Report on the working of the Ranchi Indian Mental Hospital, Kanke, in Bihar and Orissa - 1930-1940
Year: 1930
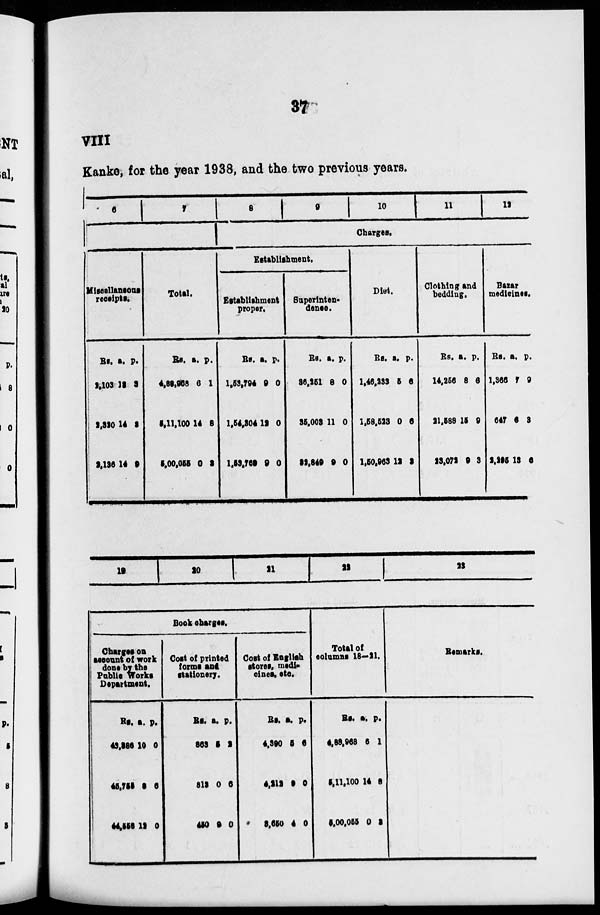
37
VIII
Kanke, for the year 1938, and the two previous years.
6
7
Miscellaneous
receipts.
Rs.
2,103
2,320
2,136
a.
13
14
14
p.
3
3
9
Total.
Rs.
4,88,968
5,11,100
5,00,055
a.
6
14
0
p.
1
8
2
8
9
10
11
12
Charges.
Establishment.
Establishment
proper.
Rs.
1,53,794
1,54,304
1,53,769
a.
9
12
9
p.
0
0
0
Superinten-
dence.
Rs.
36,251
35,003
32,846
a.
8
11
9
p.
0
0
0
Diet.
RS.
1,46,233
1,58,523
1,50,963
a.
5
0
12
p.
6
6
2
Clothing and
bedding.
Rs.
14,256
21,588
23,072
a.
8
15
9
p.
6
9
3
Bazar
medicines.
Rs.
1,366
647
2,295
a.
7
6
13
p.
9
3
6
19
20
21
22
23
Book charges.
Charges on
account of work
done by the
Pablic Works
Department.
Rs.
43,386
45,755
44,556
a.
10
9
12
p.
0
6
0
Cost of printed
forms and
stationery.
Rs.
863
813
450
a.
5
0
9
p.
2
6
0
Cost of English
stores, medi-
cines, etc.
Rs.
4,390
4,212
3,650
a.
5
9
4
p.
6
0
0
Total of
columns 18—21.
Rs.
4,88,968
5,11,100
5,00,055
a.
6
14
0
p.
1
8
2
Remarks.